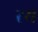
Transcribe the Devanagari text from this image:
रय